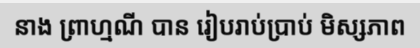
នាង ព្រាហ្មណី បាន រៀបរាប់ប្រាប់ មិស្សភាព